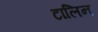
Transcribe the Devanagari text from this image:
टालिन